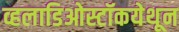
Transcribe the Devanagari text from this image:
व्हलाडिओस्टॉकयेथून